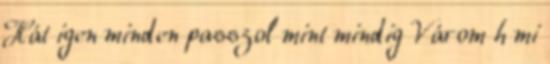
Hát igen minden passzol mint mindig Várom h mi